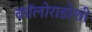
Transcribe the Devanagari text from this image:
कॉलोराडोशी